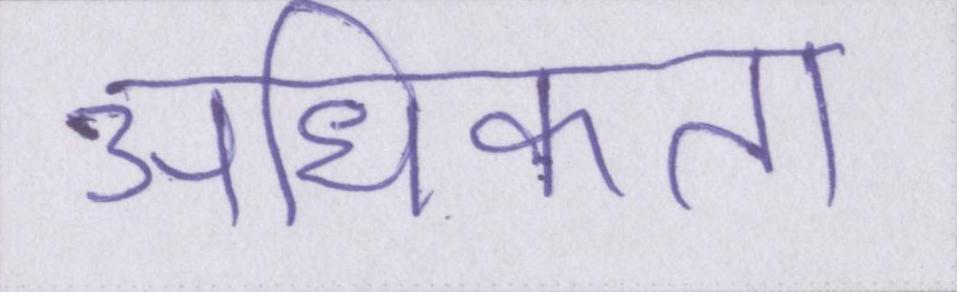
अधिकता